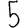
Digit: 5